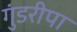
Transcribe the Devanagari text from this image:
गुंडरीपा